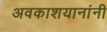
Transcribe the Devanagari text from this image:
अवकाशयानांनी